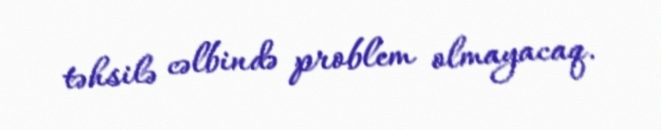
təhsilə cəlbində problem olmayacaq.